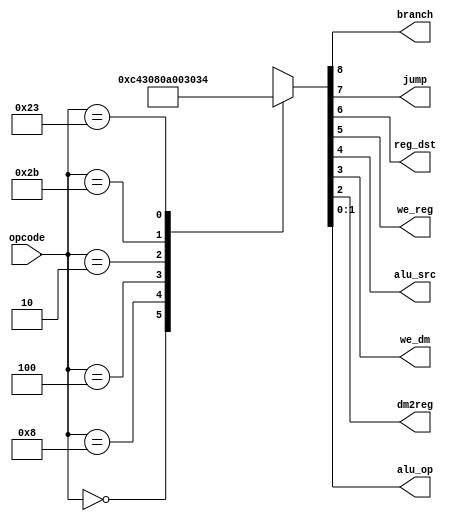
module maindec (
        input  wire [5:0] opcode,
        output wire       branch,
        output wire       jump,
        output wire       reg_dst,
        output wire       we_reg,
        output wire       alu_src,
        output wire       we_dm,
        output wire       dm2reg,
        output wire [1:0] alu_op
    );

    reg [8:0] ctrl;

    assign {branch, jump, reg_dst, we_reg, alu_src, we_dm, dm2reg, alu_op} = ctrl;

    always @ (opcode) begin
        case (opcode)
            6'b00_0000: ctrl = 9'b0_0_1_1_0_0_0_10; // R-type
            6'b00_1000: ctrl = 9'b0_0_0_1_1_0_0_00; // ADDI
            6'b00_0100: ctrl = 9'b1_0_0_0_0_0_0_01; // BEQ
            6'b00_0010: ctrl = 9'b0_1_0_0_0_0_0_00; // J
            6'b10_1011: ctrl = 9'b0_0_0_0_1_1_0_00; // SW
            6'b10_0011: ctrl = 9'b0_0_0_1_1_0_1_00; // LW
            default:    ctrl = 9'bx_x_x_x_x_x_x_xx;
        endcase
    end

endmodule